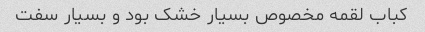
کباب لقمه مخصوص بسیار خشک بود و بسیار سفت